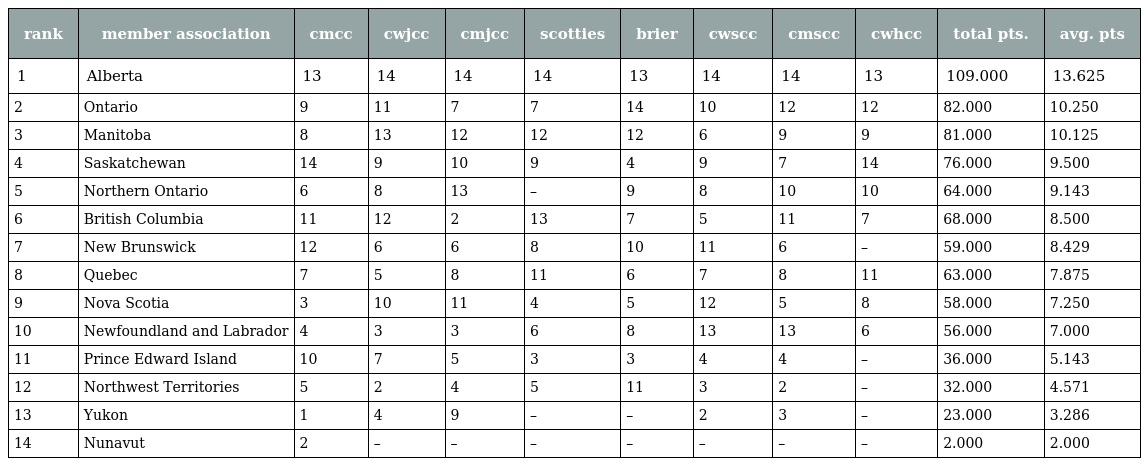
| rank | member association | cmcc | cwjcc | cmjcc | scotties | brier | cwscc | cmscc | cwhcc | total pts. | avg. pts |
 | --- | --- | --- | --- | --- | --- | --- | --- | --- | --- | --- | --- |
 | 1 | Alberta | 13 | 14 | 14 | 14 | 13 | 14 | 14 | 13 | 109.000 | 13.625 |
 | 2 | Ontario | 9 | 11 | 7 | 7 | 14 | 10 | 12 | 12 | 82.000 | 10.250 |
 | 3 | Manitoba | 8 | 13 | 12 | 12 | 12 | 6 | 9 | 9 | 81.000 | 10.125 |
 | 4 | Saskatchewan | 14 | 9 | 10 | 9 | 4 | 9 | 7 | 14 | 76.000 | 9.500 |
 | 5 | Northern Ontario | 6 | 8 | 13 | – | 9 | 8 | 10 | 10 | 64.000 | 9.143 |
 | 6 | British Columbia | 11 | 12 | 2 | 13 | 7 | 5 | 11 | 7 | 68.000 | 8.500 |
 | 7 | New Brunswick | 12 | 6 | 6 | 8 | 10 | 11 | 6 | – | 59.000 | 8.429 |
 | 8 | Quebec | 7 | 5 | 8 | 11 | 6 | 7 | 8 | 11 | 63.000 | 7.875 |
 | 9 | Nova Scotia | 3 | 10 | 11 | 4 | 5 | 12 | 5 | 8 | 58.000 | 7.250 |
 | 10 | Newfoundland and Labrador | 4 | 3 | 3 | 6 | 8 | 13 | 13 | 6 | 56.000 | 7.000 |
 | 11 | Prince Edward Island | 10 | 7 | 5 | 3 | 3 | 4 | 4 | – | 36.000 | 5.143 |
 | 12 | Northwest Territories | 5 | 2 | 4 | 5 | 11 | 3 | 2 | – | 32.000 | 4.571 |
 | 13 | Yukon | 1 | 4 | 9 | – | – | 2 | 3 | – | 23.000 | 3.286 |
 | 14 | Nunavut | 2 | – | – | – | – | – | – | – | 2.000 | 2.000 |